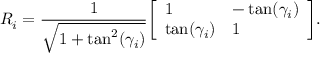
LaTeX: R _ { i } = { \frac { 1 } { \sqrt { 1 + \tan ^ { 2 } ( \gamma _ { i } ) } } } { \left[ \begin{array} { l l } { 1 } & { - \tan ( \gamma _ { i } ) } \\ { \tan ( \gamma _ { i } ) } & { 1 } \end{array} \right] } .